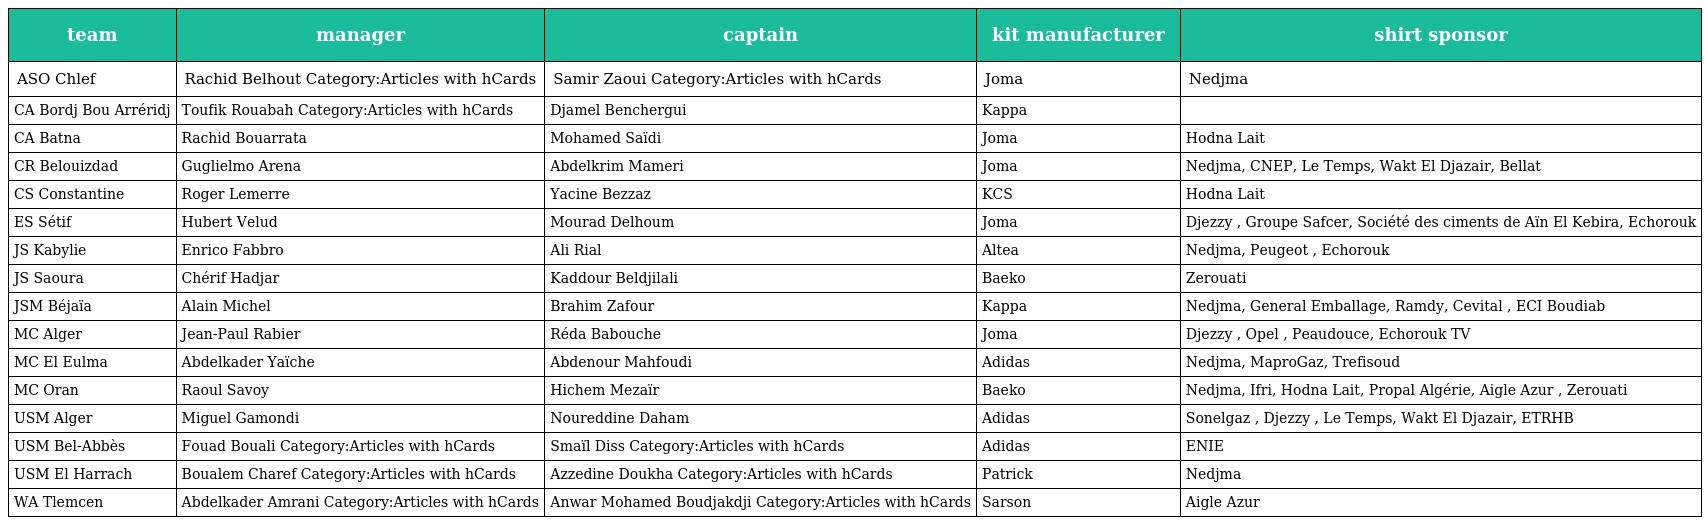
| team | manager | captain | kit manufacturer | shirt sponsor |
 | --- | --- | --- | --- | --- |
 | ASO Chlef | Rachid Belhout Category:Articles with hCards | Samir Zaoui Category:Articles with hCards | Joma | Nedjma |
 | CA Bordj Bou Arréridj | Toufik Rouabah Category:Articles with hCards | Djamel Benchergui | Kappa |  |
 | CA Batna | Rachid Bouarrata | Mohamed Saïdi | Joma | Hodna Lait |
 | CR Belouizdad | Guglielmo Arena | Abdelkrim Mameri | Joma | Nedjma, CNEP, Le Temps, Wakt El Djazair, Bellat |
 | CS Constantine | Roger Lemerre | Yacine Bezzaz | KCS | Hodna Lait |
 | ES Sétif | Hubert Velud | Mourad Delhoum | Joma | Djezzy , Groupe Safcer, Société des ciments de Aïn El Kebira, Echorouk |
 | JS Kabylie | Enrico Fabbro | Ali Rial | Altea | Nedjma, Peugeot , Echorouk |
 | JS Saoura | Chérif Hadjar | Kaddour Beldjilali | Baeko | Zerouati |
 | JSM Béjaïa | Alain Michel | Brahim Zafour | Kappa | Nedjma, General Emballage, Ramdy, Cevital , ECI Boudiab |
 | MC Alger | Jean-Paul Rabier | Réda Babouche | Joma | Djezzy , Opel , Peaudouce, Echorouk TV |
 | MC El Eulma | Abdelkader Yaïche | Abdenour Mahfoudi | Adidas | Nedjma, MaproGaz, Trefisoud |
 | MC Oran | Raoul Savoy | Hichem Mezaïr | Baeko | Nedjma, Ifri, Hodna Lait, Propal Algérie, Aigle Azur , Zerouati |
 | USM Alger | Miguel Gamondi | Noureddine Daham | Adidas | Sonelgaz , Djezzy , Le Temps, Wakt El Djazair, ETRHB |
 | USM Bel-Abbès | Fouad Bouali Category:Articles with hCards | Smaïl Diss Category:Articles with hCards | Adidas | ENIE |
 | USM El Harrach | Boualem Charef Category:Articles with hCards | Azzedine Doukha Category:Articles with hCards | Patrick | Nedjma |
 | WA Tlemcen | Abdelkader Amrani Category:Articles with hCards | Anwar Mohamed Boudjakdji Category:Articles with hCards | Sarson | Aigle Azur |